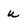
Character: U